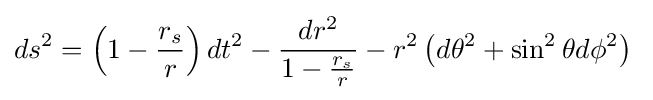
ds^{2}=\left(1-{r_{s} \over r}\right)dt^{2}-{dr^{2} \over 1-{r_{s} \over r}}-r^{2}\left(d\theta ^{2}+\sin ^{2}\theta d\phi ^{2}\right)\;